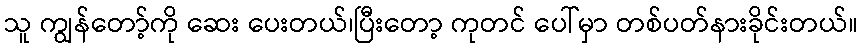
သူ ကျွန်တော့်ကို ဆေး ပေးတယ်၊ပြီးတော့ ကုတင် ပေါ်မှာ တစ်ပတ်နားခိုင်းတယ်။